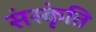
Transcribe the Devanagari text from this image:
संस्कृंति